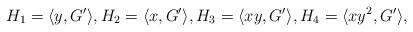
LaTeX: \begin{align*}H_1=\langle y,G^\prime\rangle,H_2=\langle x,G^\prime\rangle,H_3=\langle xy,G^\prime\rangle,H_4=\langle xy^2,G^\prime\rangle,\end{align*}